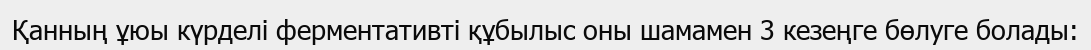
Қанның ұюы күрделі ферментативті құбылыс оны шамамен 3 кезеңге бөлуге болады: